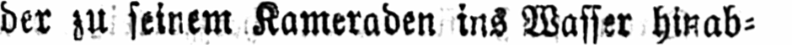
der zu seinem Kameraden ins Wasser hinab⸗